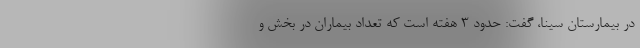
در بیمارستان سینا، گفت: حدود ۳ هفته است که تعداد بیماران در بخش و